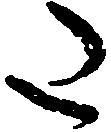
た